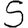
Digit: 5